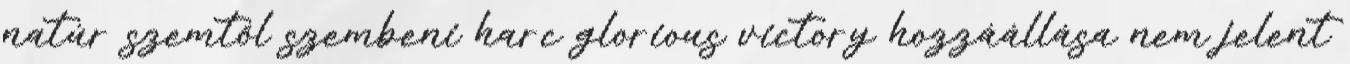
natúr szemtől szembeni harc glorious victory hozzáállása nem jelent